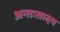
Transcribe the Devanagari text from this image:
अन्तःसाक्ष्य